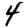
Digit: 4